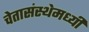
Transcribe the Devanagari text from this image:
चेतासंस्थेमध्यी